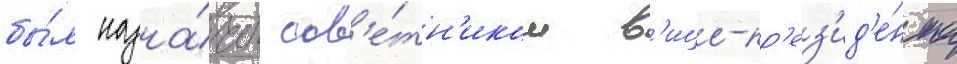
бы́л назна́чен сов'е́тн'иком в'ице-пр'ез'ид'е́нта